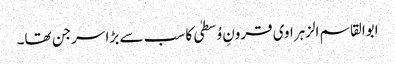
ابوالقاسم الزہراوی قرونِ وُسطیٰ کا سب سے بڑا سرجن تھا۔